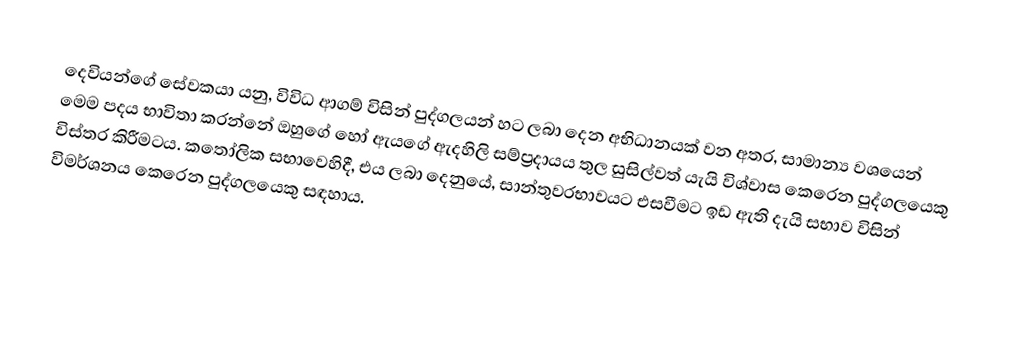
දෙවියන්ගේ සේවකයා යනු, විවිධ ආගම් විසින් පුද්ගලයන් හට ලබා දෙන අභිධානයක් වන අතර, සාමාන්‍ය වශයෙන් මෙම පදය භාවිතා කරන්නේ ඔහුගේ හෝ ඇයගේ ඇදහිලි සම්ප්‍රදායය තුල සුසිල්වත් යැයි විශ්වාස කෙරෙන පුද්ගලයෙකු විස්තර කිරීමටය. කතෝලික සභාවෙහිදී, එය ලබා දෙනුයේ,  සාන්තුවරභාවයට එසවීමට ඉඩ ඇති දැයි සභාව විසින් විමර්ශනය කෙරෙන පුද්ගලයෙකු සඳහාය.